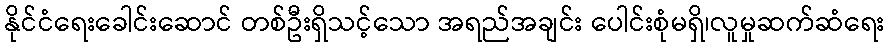
နိုင်ငံရေးခေါင်းဆောင် တစ်ဦးရှိသင့်သော အရည်အချင်း ပေါင်းစုံမရှိ၊လူမှုဆက်ဆံရေး